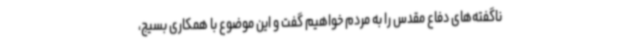
ناگفته‌های دفاع مقدس را به مردم خواهیم گفت و این موضوع با همکاری بسیج،